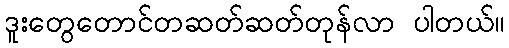
ဒူးတွေတောင်တဆတ်ဆတ်တုန်လာ ပါတယ်။